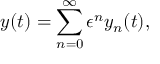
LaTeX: y ( t ) = \sum _ { n = 0 } ^ { \infty } \epsilon ^ { n } y _ { n } ( t ) ,